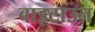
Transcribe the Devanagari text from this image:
बाइटाउन